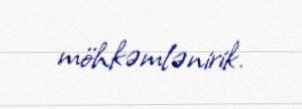
möhkəmlənirik.